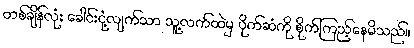
တစ်ချိန်လုံး ခေါင်းငုံ့လျက်သာ သူ့လက်ထဲမှ ပိုက်ဆံကို စိုက်ကြည့်နေမိသည်။